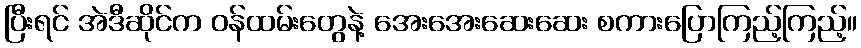
ပြီးရင် အဲဒီဆိုင်က ဝန်ထမ်းတွေနဲ့ အေးအေးဆေးဆေး စကားပြောကြည့်ကြည့်။